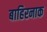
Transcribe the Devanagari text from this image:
बाहिरनाक